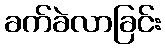
ခက်ခဲလာခြင်း